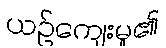
ယဉ်ကျေးမှု၏